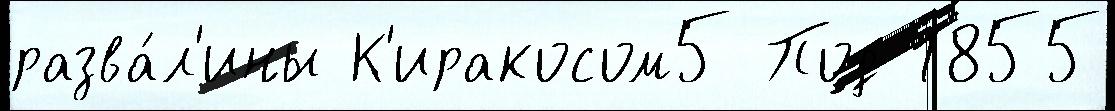
разва́л'ины К'иракосом5 Под 1855